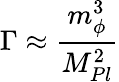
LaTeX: \Gamma\approx\frac{m_{\phi}^{3}}{M_{Pl}^{2}}